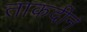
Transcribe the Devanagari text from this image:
ताकदीनं